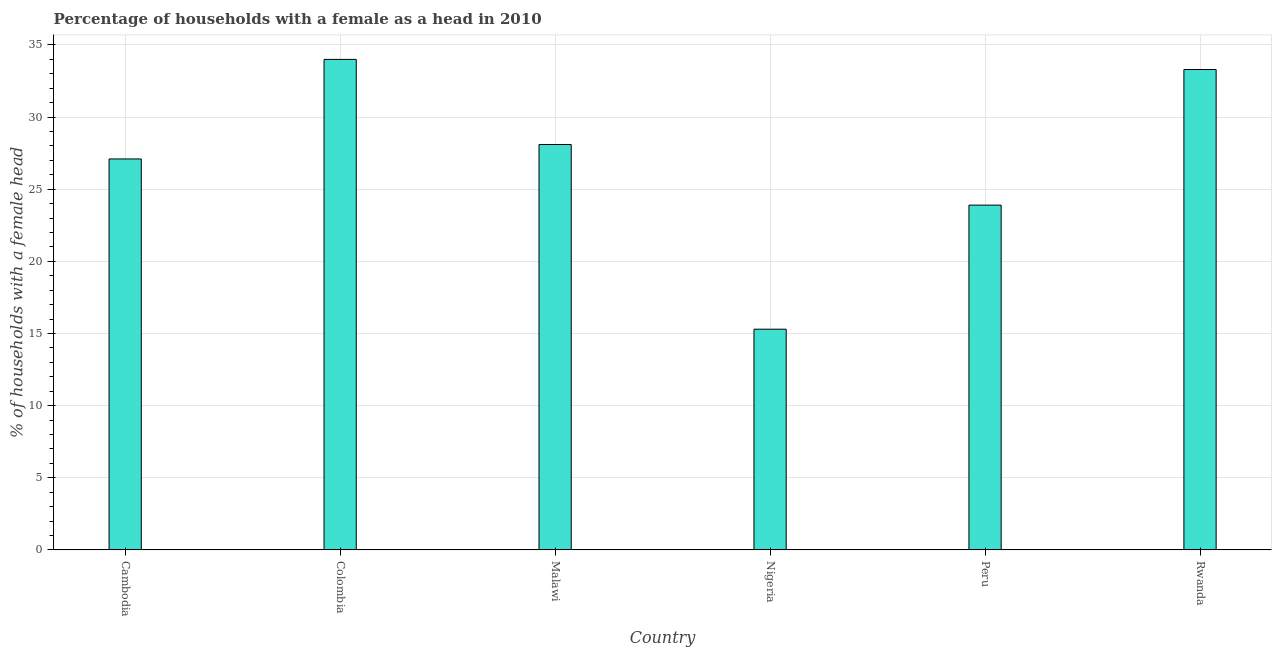
| Country | Female headed households |
 | --- | --- |
 | Cambodia | 27.1 |
 | Colombia | 34 |
 | Malawi | 28.1 |
 | Nigeria | 15.3 |
 | Peru | 23.9 |
 | Rwanda | 33.3 |